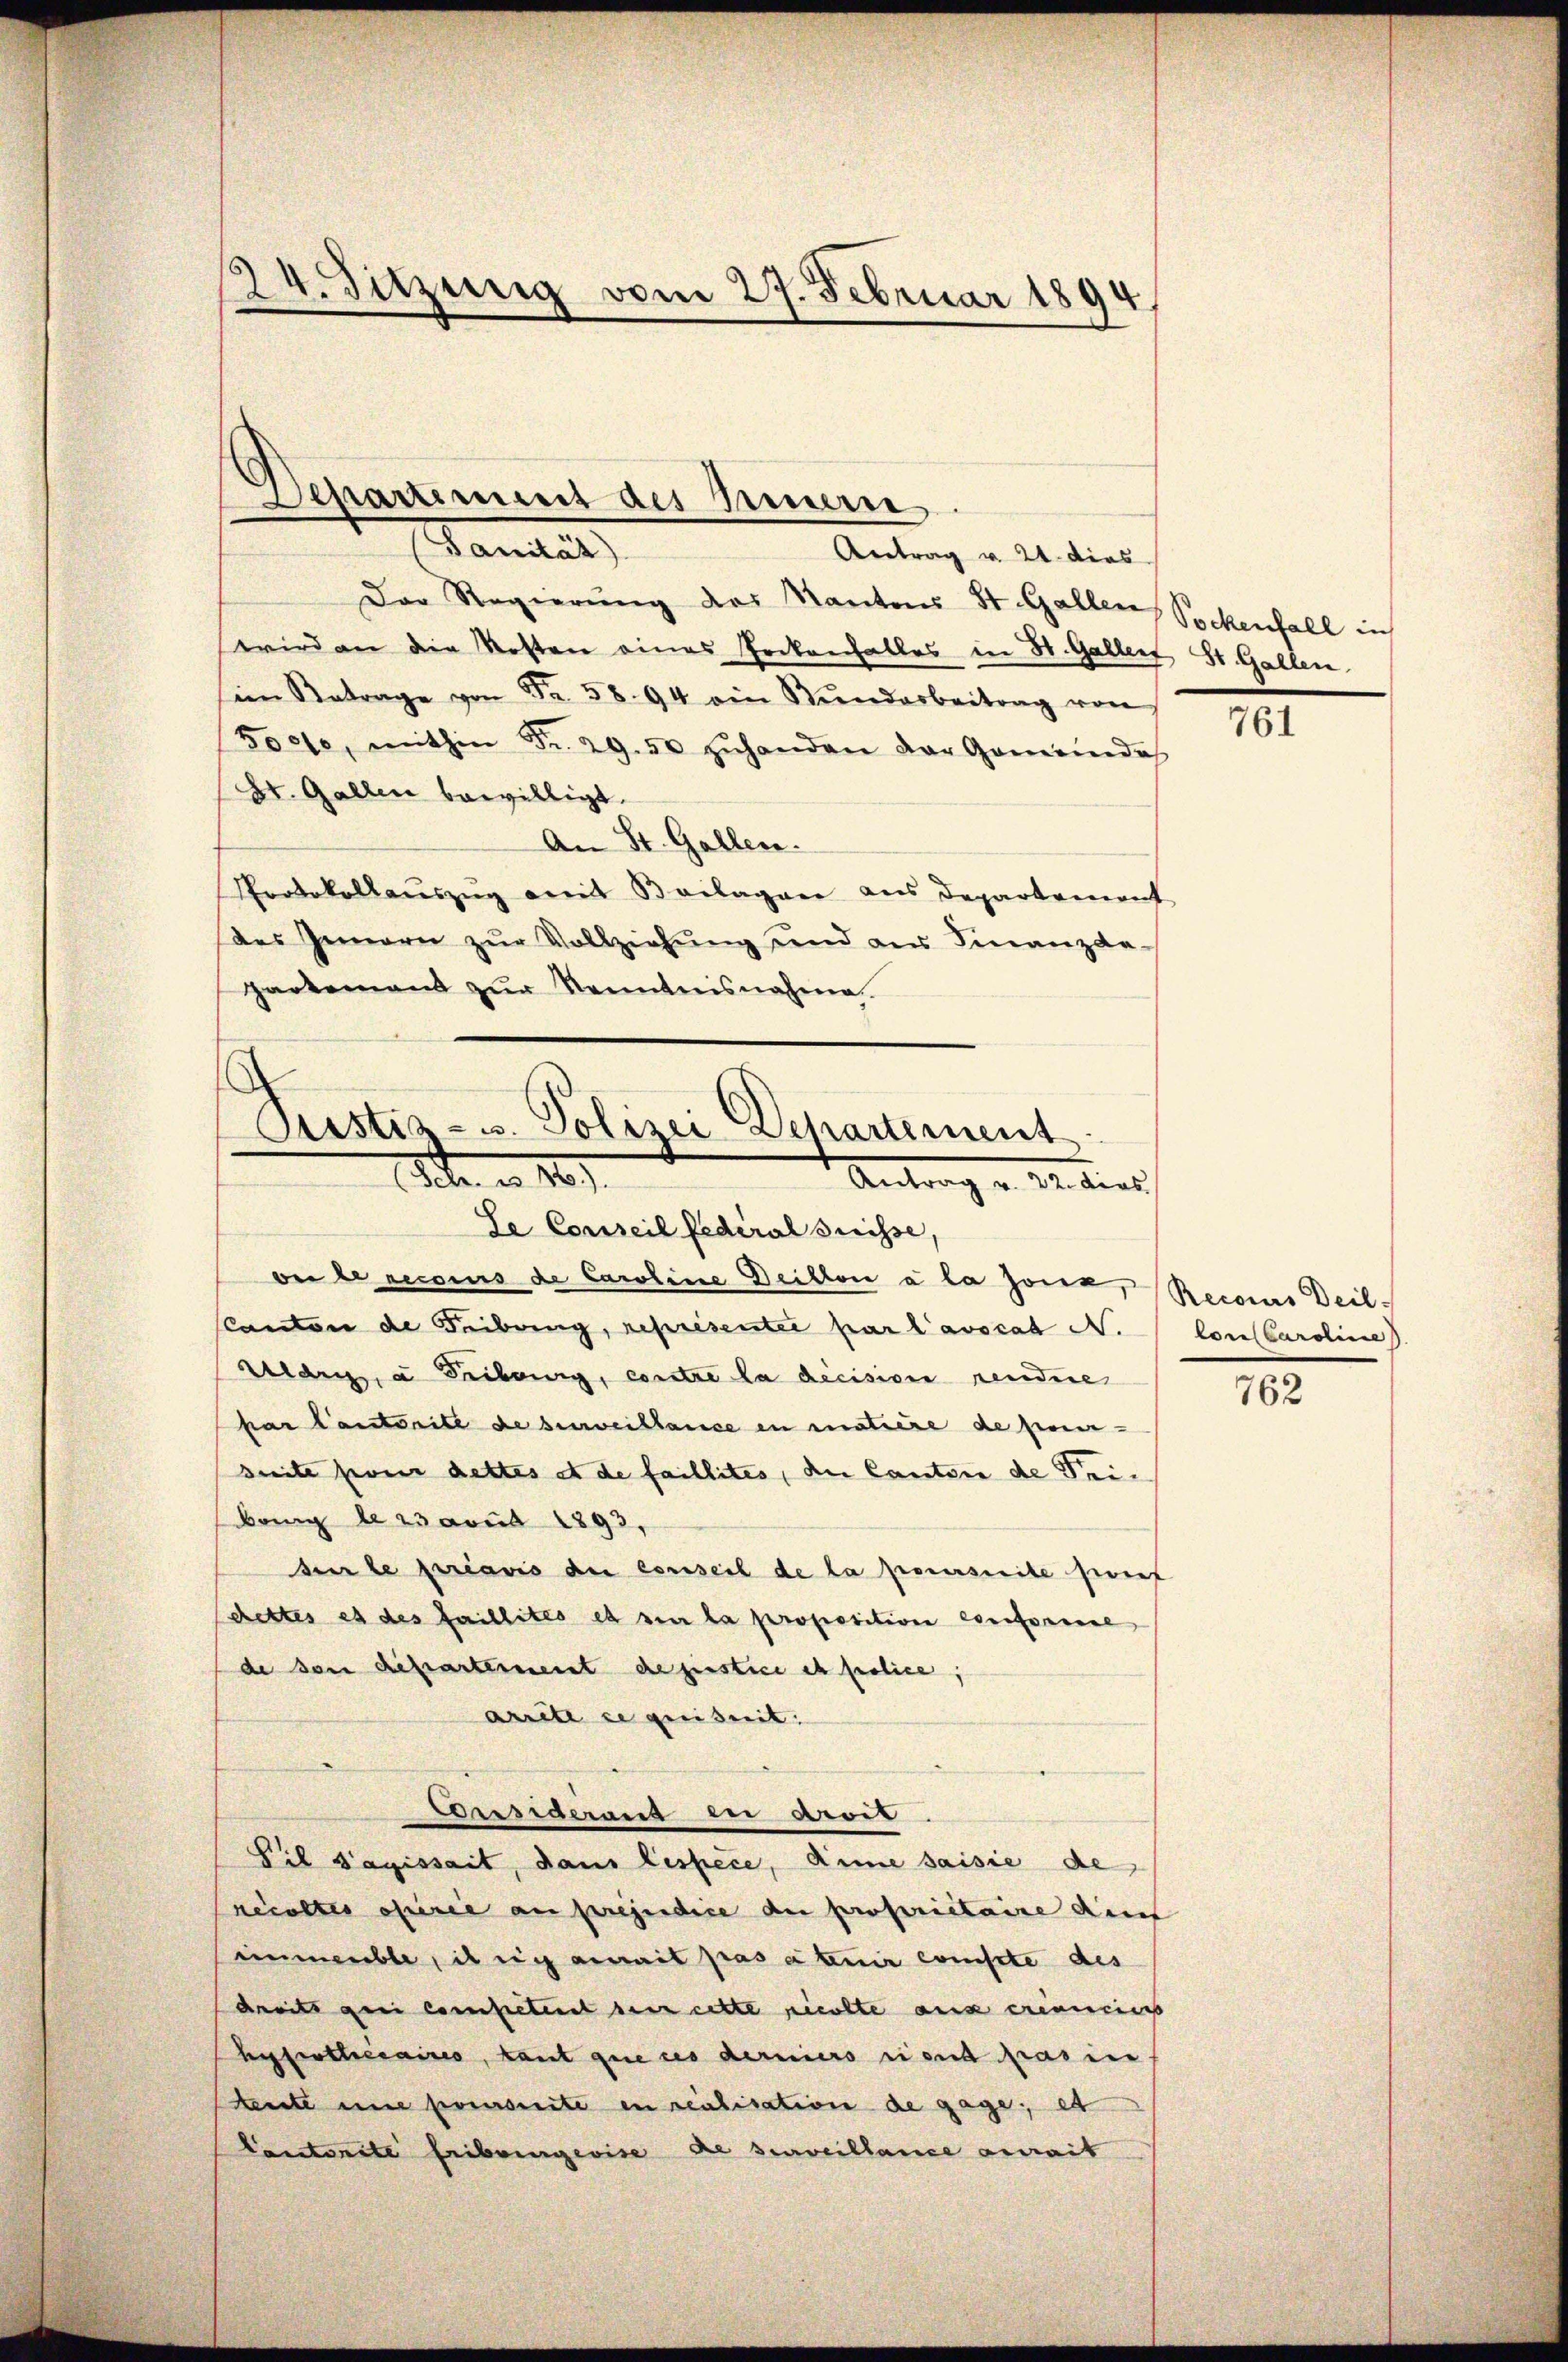
(Sanität)
Antrag v. 24. dies
Der Regierŭng des Kantons St. Gallen, Sockenfall in
wird an die Kosten eines Tockenfalles in St. Galler, St. Gallen.
im Betrage von Fr. 58. 94 ein Kŭndarbeitrag von
3000, mithin Fr. 29. 50 zŭhanden der Gemeinde
XV. Gallen bewilligt.
An St. Gallen.
Protokollauszug mit Beilagen aus Departement
des Gemarn zŭr Vollziehŭng und an Finanzda-
partement zŭr Kenntnisnahme

24. Sitzung vom 27. Februar 1894

Departement des Innern

Custiz- u. Polizei Departement.
1te u. 109.
Antrag v. 22. dies
Le Conseil Federal Suisse,
on le recours de Caroline Deillon a la jour, Recours Deil-

Canton de Seibung, représentée par l’avocat N.
Hedig, a Fribourg, contre la décision rendire
kar Cantorite de surveillance in matière de pour-
seite herer dettes et de faillites, den Cantone de Feibang de 25 voud 1893,
dei le préavis der conseil de la poursuite stief
dettes es des faillités et sie la proposition conforme
de von Departement de finstice et police,
arrete se geeiszeit.
Bersiderand in avis
Pil s’agissait, dans lespèce, Anne saisie de
necoltes osiere au préjudice der propriétaire den
immenble, il sich erait pas a tenir compte des
droits geei competiret sein cette ricolte aus erinnert
hufertiaires, tant que des derniers rient pas in
Rente une preseite in reichisation de gage; es
Cantonste Fribungeise de surveillance aurait

761

tonsbardine

762